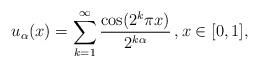
LaTeX: \begin{align*} u_\alpha (x) = \sum_{k=1}^\infty \frac{\cos(2^k \pi x)}{2^{k\alpha}}\,, x\in[0,1],\end{align*}